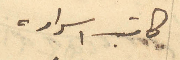
كاتب اسراره